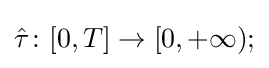
{\hat {\tau }}\colon [0,T]\to [0,+\infty );